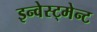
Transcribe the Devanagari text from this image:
इन्वेस्ट्मेन्ट